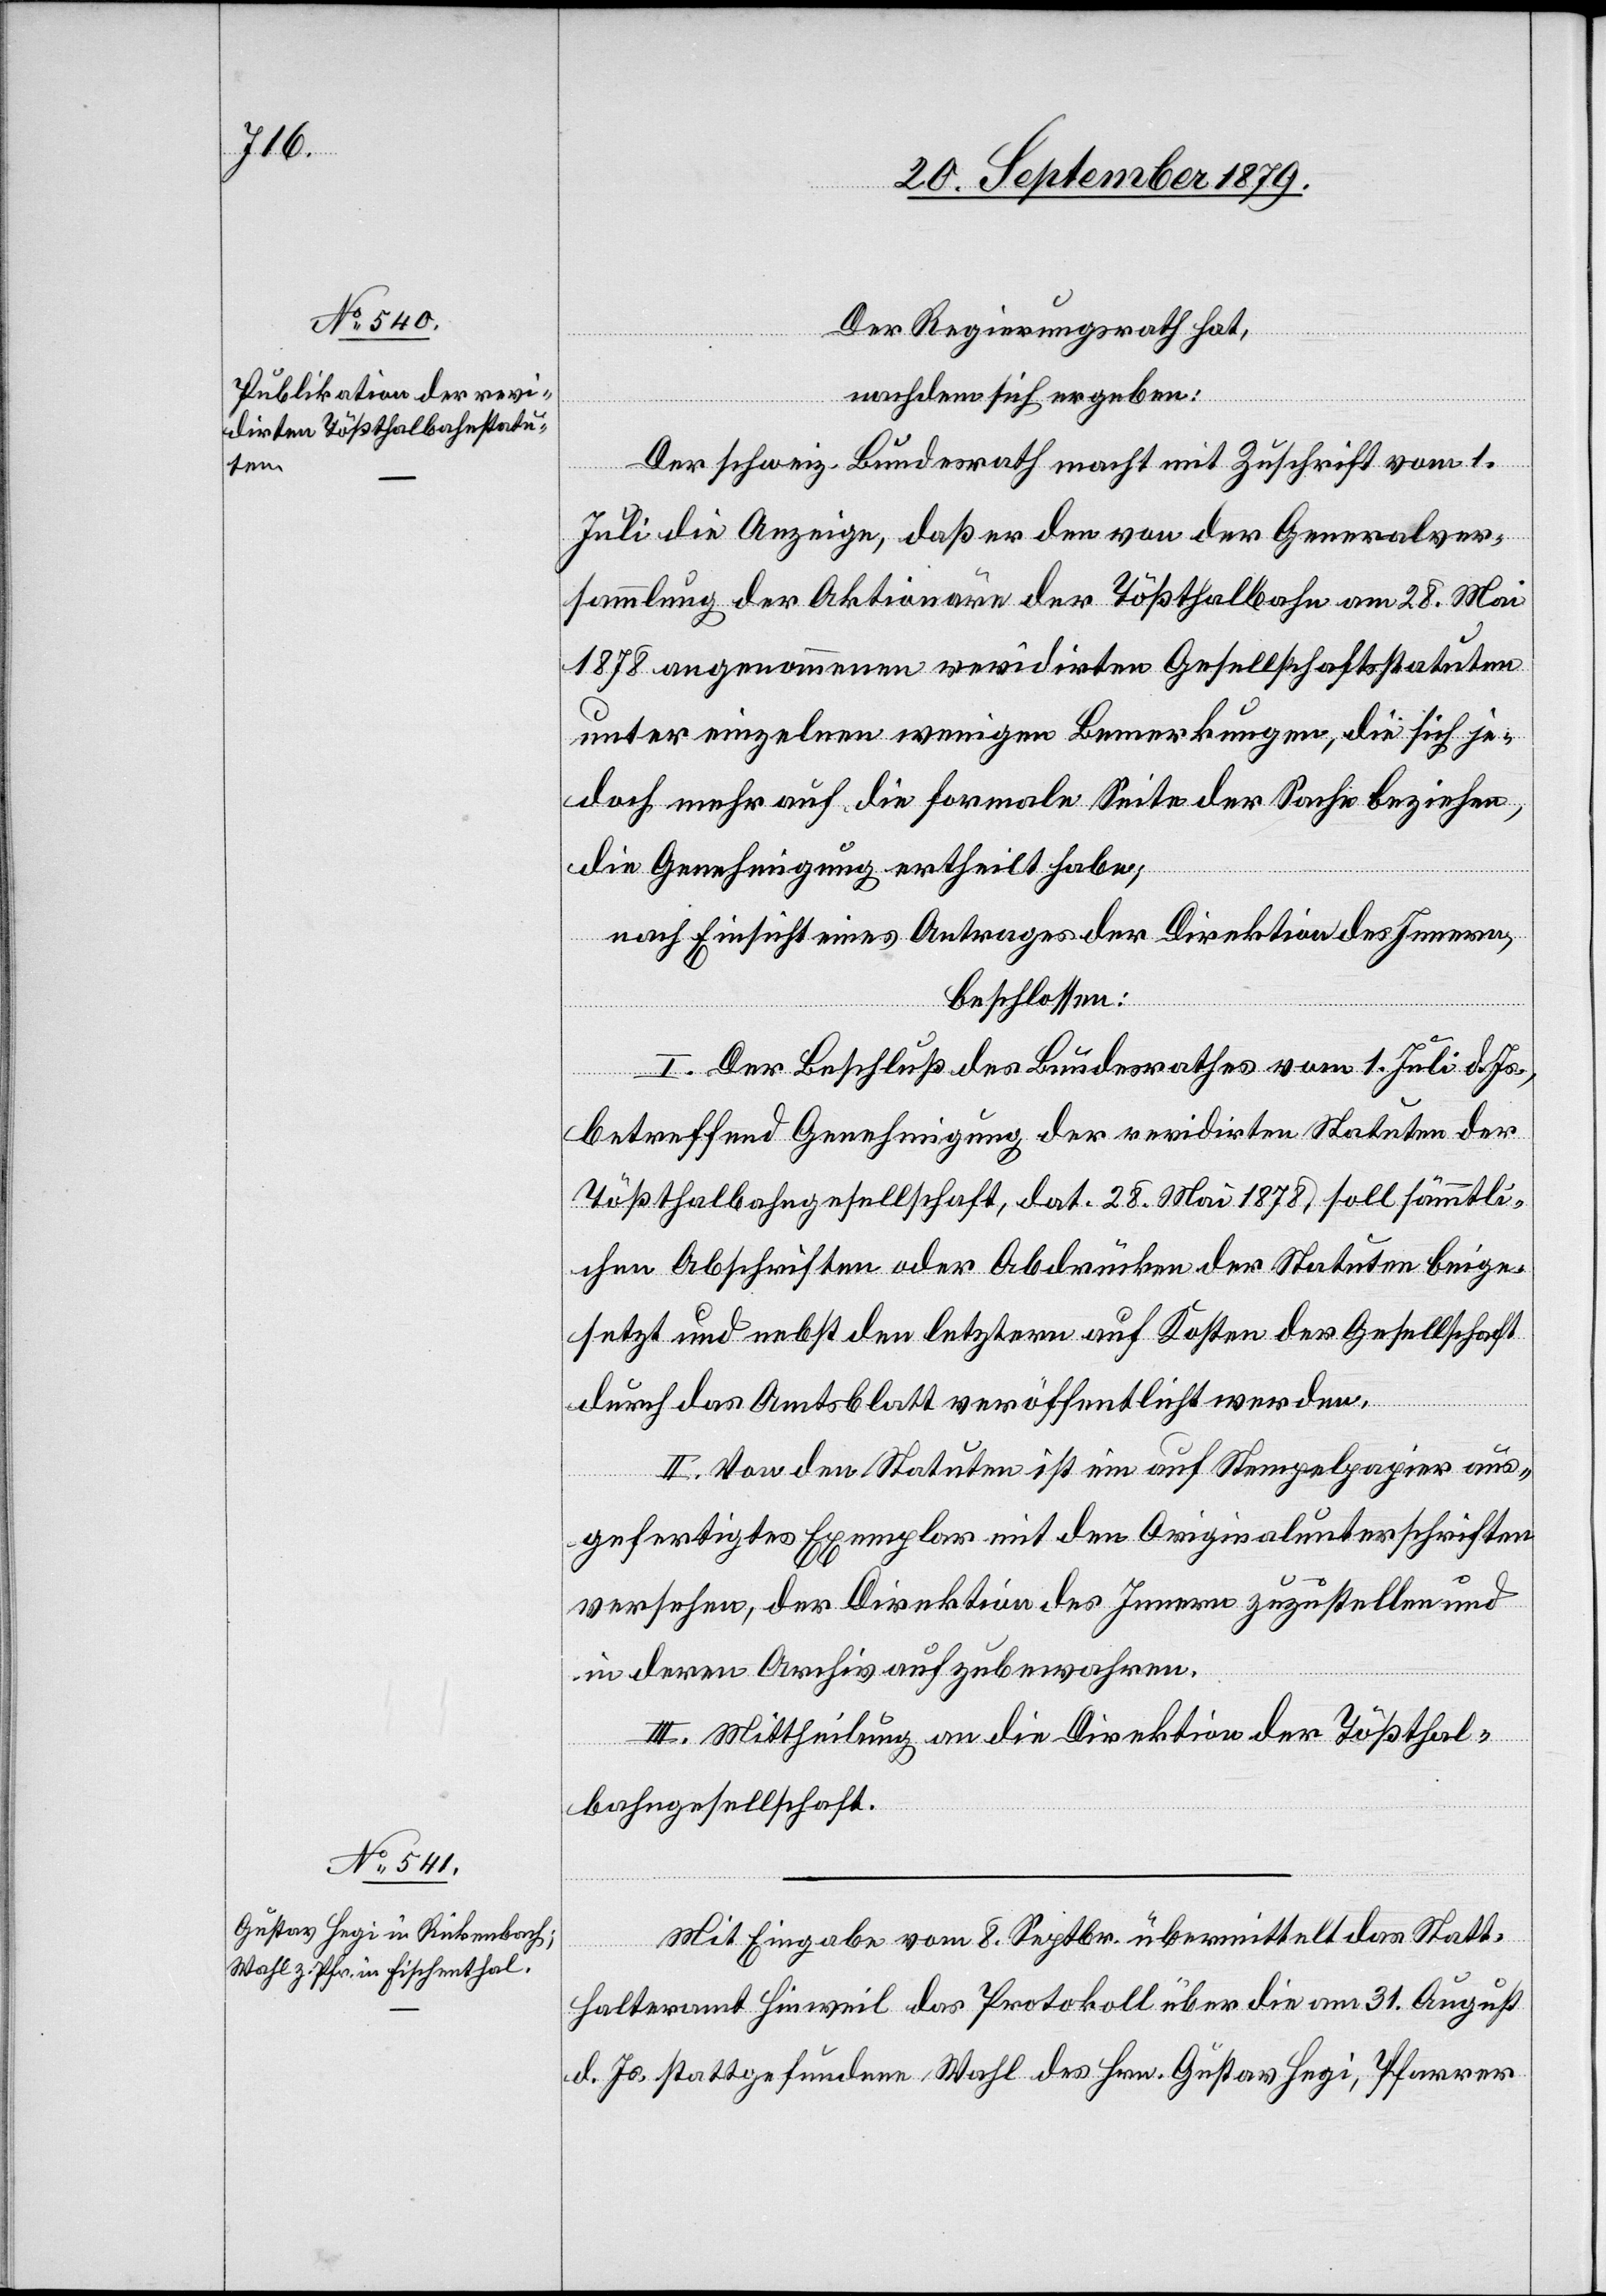
Der Regierungsrath hat,
nachdem sich ergeben:
Der schweiz. Bundesrath macht mit Zuschrift vom 1.
Juli die Anzeige, daß er den von der Generalver¬
sammlung der Aktionäre der Tößthalbahn am 28. Mai
1878 angenommenen revidirten Gesellschaftsstatuten
unter einzelnen wenigen Bemerkungen, die sich je¬
doch mehr auf die formale Seite der Sache beziehen,
die Genehmigung ertheilt habe;
nach Einsicht eines Antrages der Direktion des Innern,
beschlossen:
I. Der Beschluß des Bundesrathes vom 1. Juli d. Js.,
betreffend Genehmigung der revidirten Statuten der
Tößthalbahngesellschaft, dat. 28. Mai 1878, soll sämmtli¬
chen Abschriften oder Abdrücken der Statuten beige¬
setzt und nebst den letztern auf Kosten der Gesellschaft
durch das Amtsblatt veröffentlicht werden.
II. Von den Stauten ist ein auf Stempelpapier aus¬
gefertigtes Exemplar mit den Originalunterschriften
versehen, der Direktion des Innern zuzustellen und
in deren Archiv aufzubewahren.
III. Mittheilung an die Direktion der Tößthal¬
bahngesellschaft.
Mit Eingabe vom 8. Septbr. übermittelt das Statt¬
halteramt Hinweil das Protokoll über die am 31. August
d. Js. stattgefundene Wahl des Hrn. Gustav Hegi, Pfarrer